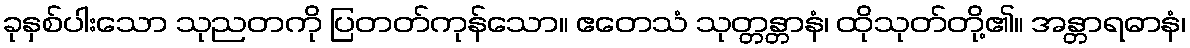
ခုနှစ်ပါးသော သုညတကို ပြတတ်ကုန်သော။ ဧတေသံ သုတ္တန္တာနံ၊ ထိုသုတ်တို့၏။ အန္တာရဓာနံ၊